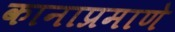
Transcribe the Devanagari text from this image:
कानाप्रमाणे